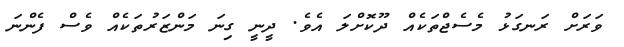
ވަރަށް ރަނގަޅު މެސެޖްތަކެއް ދޫކޮށްލަ އެވެ. ދީނީ ގިނަ މަންޒަރުތަކެއް ވެސް ފެންނަ